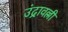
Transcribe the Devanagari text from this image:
उंद्रावल्ली